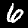
Label: 6